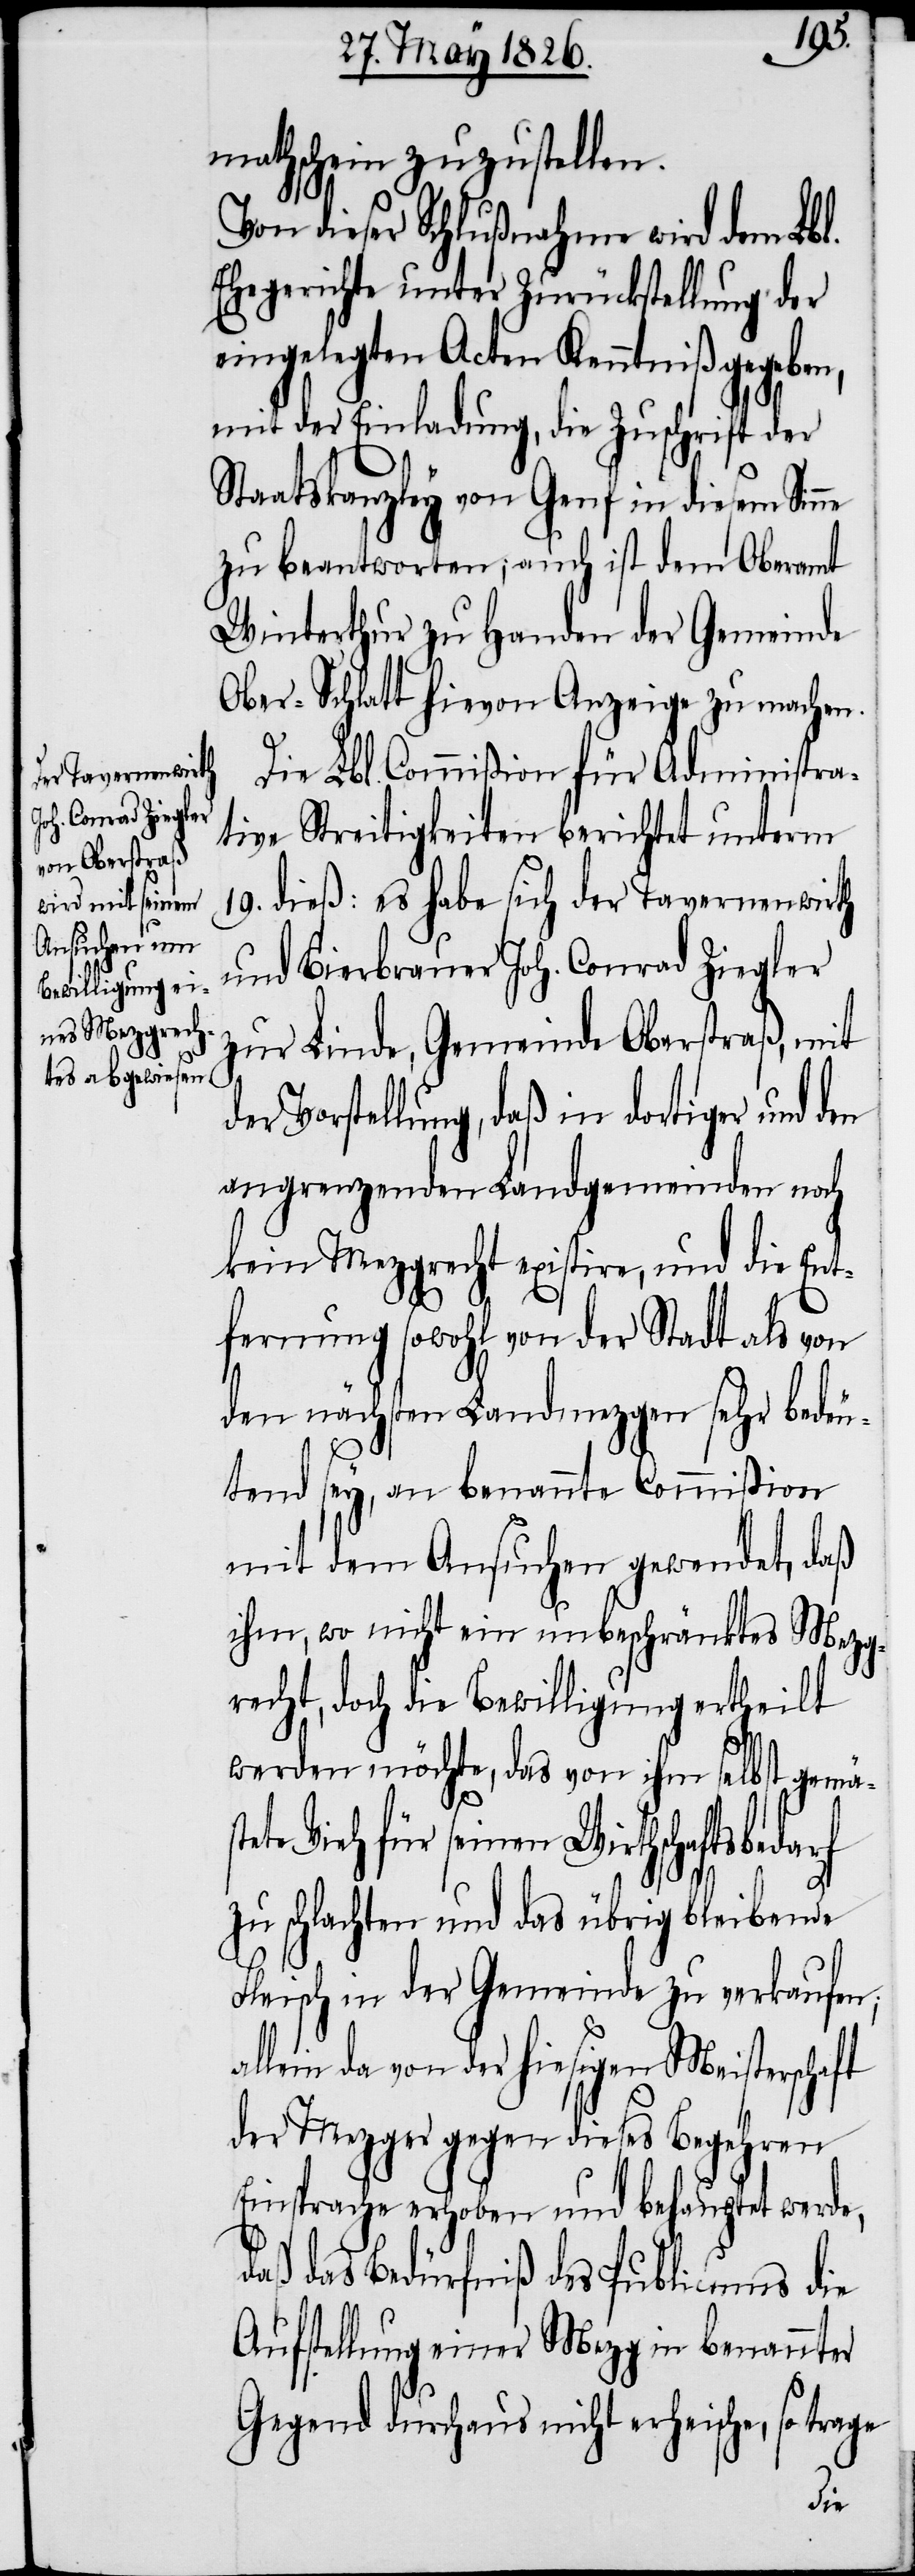
mathschein zuzustellen.
Von dieser Schlußnahme wird dem Lbl.
Ehegericht unter Zurückstellung der
eingelegten Acten Kenntniß gegeben,
mit der Einladung, die Zuschrift der
Staatskanzley von Genf in diesem Sin¬
zu beantworten; auch ist dem Oberamt
Winterthur zu Handen der Gemeinde
Ober-Schlatt hievon Anzeige zu machen.
Die Lbl. Commißion für Administra¬
tive Streitigkeiten berichtet unterm
19. dieß: es habe sich der Tavernenwirth
und Bierbrauer Joh. Conrad Ziegler
zur Linde, Gemeinde Oberstraß, mit
der Vorstellung, daß in dortiger und den
angrenzenden Landgemeinden noch
kein Mezgrecht existire, und die Ent¬
fernung sowohl von der Stadt als von
den nächsten Landmezgen sehr bedeu¬
tend sey, an benannte Commißion
mit dem Ansuchen gewendet, daß
ihm, wo nicht ein unbeschränktes Mezg¬
recht, doch die Bewilligung ertheilt
werden möchte, das von ihm selbst gemäs¬
tete Vieh für seinen Wirthschaftsbedarf
zu schlachten und das übrig bleibende
Fleisch in der Gemeinde zu verkaufen;
allein da von der hiesigen Meisterschaft
der Mezger gegen dieses Begehren
Einsprache erhoben und behauptet werde,
daß das Bedürfniß des Publicums die
Aufstellung einer Mezg in benannter
Gegend durchaus nicht erheische, so trage
ne